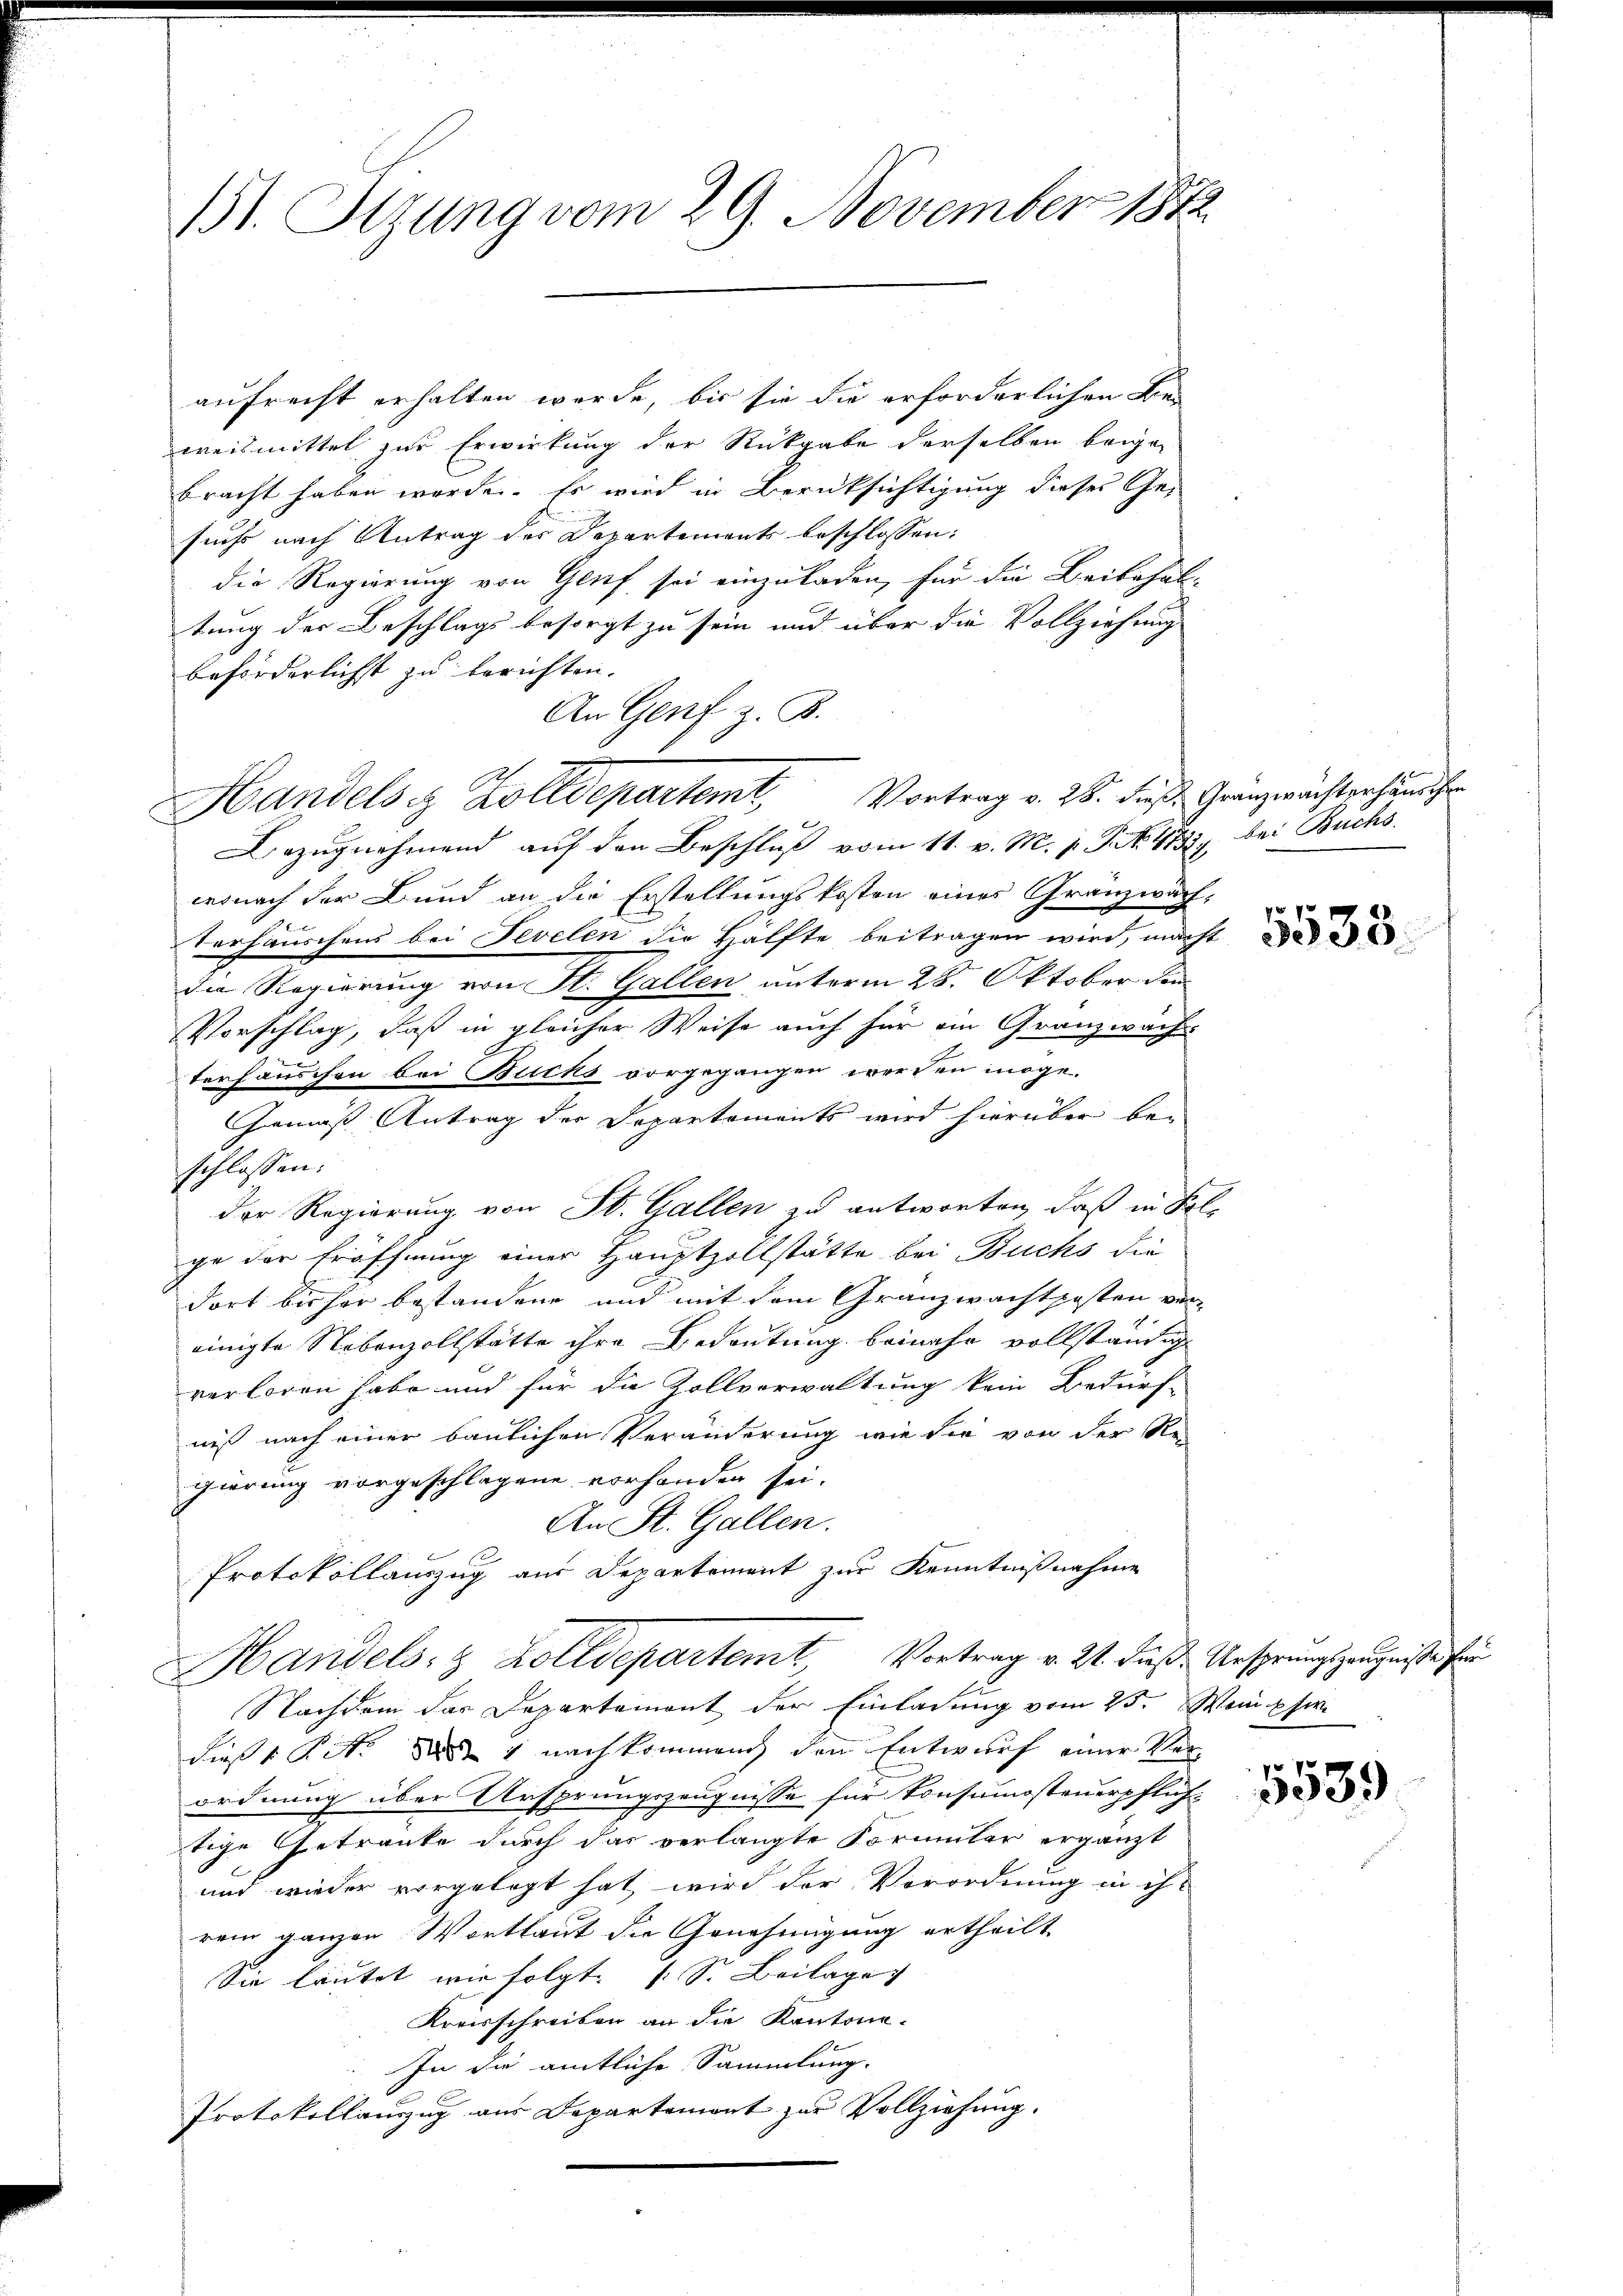
11. Stzung vom 29. November 1882

aufrecht erhalten werde, bis sie die erforderlichen Be-
weismittel zur Erwirkung der Rückgabe derselben beige-
bracht haben werde. Es wird in Berücksichtigung dieses Gesuchs nach Antrag des Departements beschlossen:
die Regierung von Genf sei einzuladen, für die Beibehal-
tung der Beschlags besorgt zu sein und über die Vollziehung
beförderlichst zu berichten.
An Genf z. B.
Handels & Zolldepartemt Vortrag v. 26. dieß Granzwachterhändchen
Bezŭgnehmend auf den Beschluß vom 11. v. M. h. T. No. 4732. bei Buchs.
wonach der Bund an die Erstellungskosten eines Gränzwach¬
Verhäuschens bei Fevelen die Hälfte beitragen wird, macht
die Regierung von St. Gallen unterm 28. Oktober den
Vorschlag, daß in gleicher Weise auch für ein Granzwach
terhäuschen bei Buchs vorgegangen werden möge.
Gemäß Antrag der Departements wird hierüber beschlossen:
der Regierung von St. Gallen zu antworten, daß in Frl.
ge der Eröffnung einer Hauptzollstätte bei Buchs die
dort bisher bestandene und mit dem Granzwachtposten vereinigte Nebenzollstatte ihre Bedeutung beinahe vollständig
verloren habe und für die Zollverwaltung kein Bedürf-
niß nach einer baulichen Veränderung wie die von der Re-
gierung vorgeschlagene vorhanden sei.
An St. Gallen.
Protokollauszug aus Departement zur Kenntnißnahme
HHandels- & Zolldepartem Vortrag v. 24. Fuß. Ursprungszeugniße für
Nachdem das Departemont der Einladung vom 25. Wepfer
dieß v. Ritt des 1 nachkommen den Entwurf einer Verordnung über Ursprungszeugnisse für Konsumsteuerpflichtige Getranke durch das verlangte Formular ergänzt
und wieder vorgelegt hat wird der Verordnung in ihr
rem ganzen Wortlaut die Genehmigung ertheilt
Sie lautet wie folgt. (S. Beilage
Kreisschreiben an die Kantone.
In die amtliche Sammlung.
Protokollanzug aus Departemont zur Vollziehung.

535.

e
3539